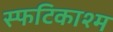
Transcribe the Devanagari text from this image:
स्फटिकाश्म